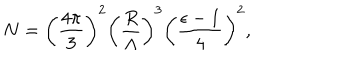
LaTeX: N = \left( \frac { 4 \pi } { 3 } \right) ^ { 2 } \left( \frac { R } { \Lambda } \right) ^ { 3 } \left( \frac { \epsilon - 1 } { 4 } \right) ^ { 2 } ,